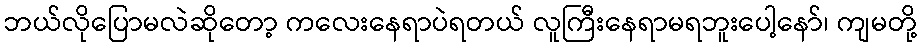
ဘယ်လိုပြောမလဲဆိုတော့ ကလေးနေရာပဲရတယ် လူကြီးနေရာမရဘူးပေါ့နော်၊ ကျမတို့